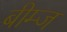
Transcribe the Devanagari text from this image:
बीम्ज